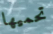
تحميها